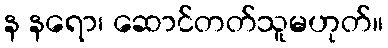
န နရော၊ ဆောင်တတ်သူမဟုတ်။